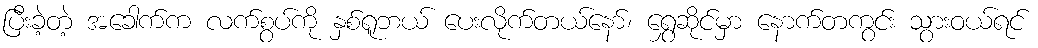
ပြီးခဲ့တဲ့ အခေါက်က လက်စွပ်ကို နှစ်ရူဘယ် ပေးလိုက်တယ်နော်၊ ရွှေဆိုင်မှာ နောက်တကွင်း သွားဝယ်ရင်